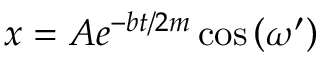
x = A e ^ { - b t / 2 m } \cos \left( \omega ^ { \prime } \right)